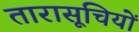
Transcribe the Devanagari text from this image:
तारासूचियों